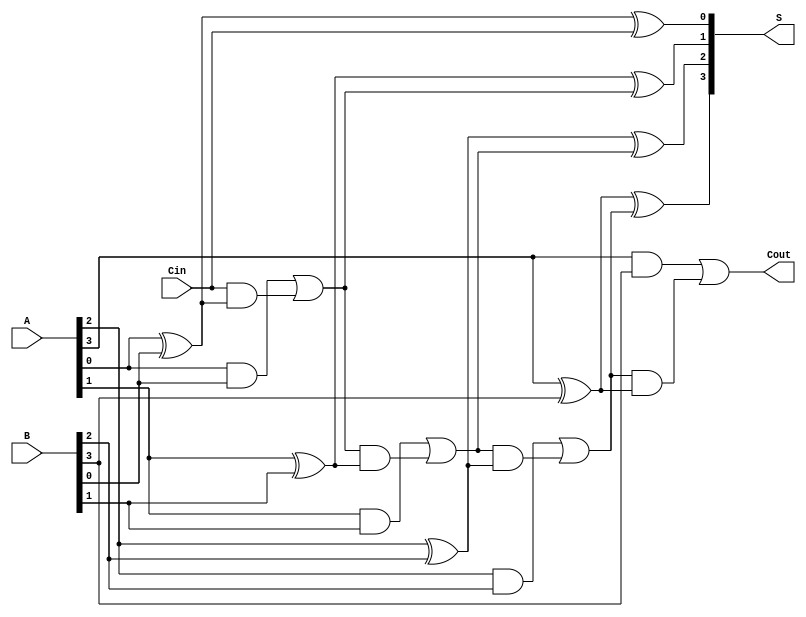
module manchester_carry_chain_adder #(parameter N = 4) (
    input  wire [N-1:0] A,     // First n-bit input
    input  wire [N-1:0] B,     // Second n-bit input
    input  wire Cin,            // Input carry
    output wire [N-1:0] S,      // n-bit sum output
    output wire Cout            // Output carry
);

    wire [N:0] C; // Carry signals (C[0] is the initial carry)

    assign C[0] = Cin; // Initial carry is the input carry

    genvar i;
    generate
        for (i = 0; i < N; i = i + 1) begin : full_adder
            // Sum calculation
            assign S[i] = A[i] ^ B[i] ^ C[i];

            // Carry calculation
            assign C[i+1] = (A[i] & B[i]) | (C[i] & (A[i] ^ B[i]));
        end
    endgenerate

    assign Cout = C[N]; // Final carry output

endmodule